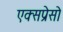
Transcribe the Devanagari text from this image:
एक्सप्रेसो